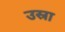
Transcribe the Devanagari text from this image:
उस्रा